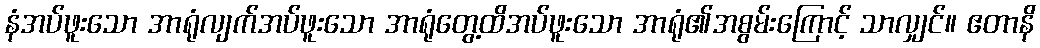
နံအပ်ဖူးသော အာရုံလျက်အပ်ဖူးသော အာရုံတွေ့ထိအပ်ဖူးသော အာရုံ၏အစွမ်းကြောင့် သာလျှင်။ ဧတာနိ